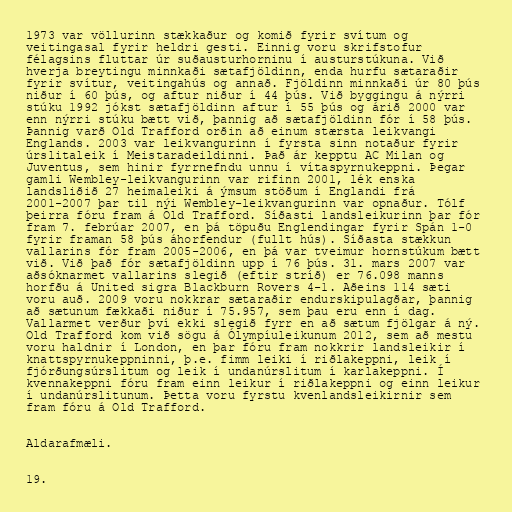
1973 var völlurinn stækkaður og komið fyrir svítum og
veitingasal fyrir heldri gesti. Einnig voru skrifstofur
félagsins fluttar úr suðausturhorninu í austurstúkuna. Við
hverja breytingu minnkaði sætafjöldinn, enda hurfu sætaraðir
fyrir svítur, veitingahús og annað. Fjöldinn minnkaði úr 80 þús
niður í 60 þús, og aftur niður í 44 þús. Við byggingu á nýrri
stúku 1992 jókst sætafjöldinn aftur í 55 þús og árið 2000 var
enn nýrri stúku bætt við, þannig að sætafjöldinn fór í 58 þús.
Þannig varð Old Trafford orðin að einum stærsta leikvangi
Englands. 2003 var leikvangurinn í fyrsta sinn notaður fyrir
úrslitaleik í Meistaradeildinni. Það ár kepptu AC Milan og
Juventus, sem hinir fyrrnefndu unnu í vítaspyrnukeppni. Þegar
gamli Wembley-leikvangurinn var rifinn 2001, lék enska
landsliðið 27 heimaleiki á ýmsum stöðum í Englandi frá
2001-2007 þar til nýi Wembley-leikvangurinn var opnaður. Tólf
þeirra fóru fram á Old Trafford. Síðasti landsleikurinn þar fór
fram 7. febrúar 2007, en þá töpuðu Englendingar fyrir Spán 1-0
fyrir framan 58 þús áhorfendur (fullt hús). Síðasta stækkun
vallarins fór fram 2005-2006, en þá var tveimur hornstúkum bætt
við. Við það fór sætafjöldinn upp í 76 þús. 31. mars 2007 var
aðsóknarmet vallarins slegið (eftir stríð) er 76.098 manns
horfðu á United sigra Blackburn Rovers 4-1. Aðeins 114 sæti
voru auð. 2009 voru nokkrar sætaraðir endurskipulagðar, þannig
að sætunum fækkaði niður í 75.957, sem þau eru enn í dag.
Vallarmet verður því ekki slegið fyrr en að sætum fjölgar á ný.
Old Trafford kom við sögu á Ólympíuleikunum 2012, sem að mestu
voru haldnir í London, en þar fóru fram nokkrir landsleikir í
knattspyrnukeppninni, þ.e. fimm leiki í riðlakeppni, leik í
fjórðungsúrslitum og leik í undanúrslitum í karlakeppni. Í
kvennakeppni fóru fram einn leikur í riðlakeppni og einn leikur
í undanúrslitunum. Þetta voru fyrstu kvenlandsleikirnir sem
fram fóru á Old Trafford.

Aldarafmæli.

19.